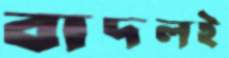
বাদলই